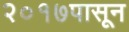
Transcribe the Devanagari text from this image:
२०१७पासून